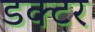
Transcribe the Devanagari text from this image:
डक्टर